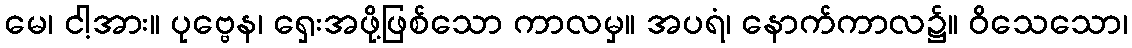
မေ၊ ငါ့အား။ ပုဗ္ဗေန၊ ရှေးအဖို့ဖြစ်သော ကာလမှ။ အပရံ၊ နောက်ကာလ၌။ ဝိသေသော၊